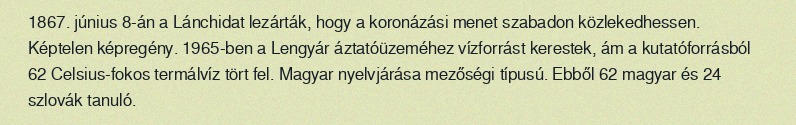
1867. június 8-án a Lánchidat lezárták, hogy a koronázási menet szabadon közlekedhessen. Képtelen képregény. 1965-ben a Lengyár áztatóüzeméhez vízforrást kerestek, ám a kutatóforrásból 62 Celsius-fokos termálvíz tört fel. Magyar nyelvjárása mezőségi típusú. Ebből 62 magyar és 24 szlovák tanuló.